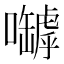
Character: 嚹